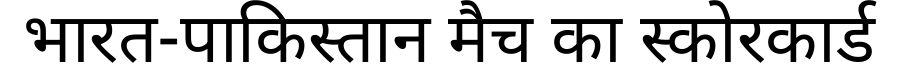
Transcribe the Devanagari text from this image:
भारत-पाकिस्तान मैच का स्कोरकार्ड